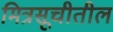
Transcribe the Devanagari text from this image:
मित्रसूचीतील